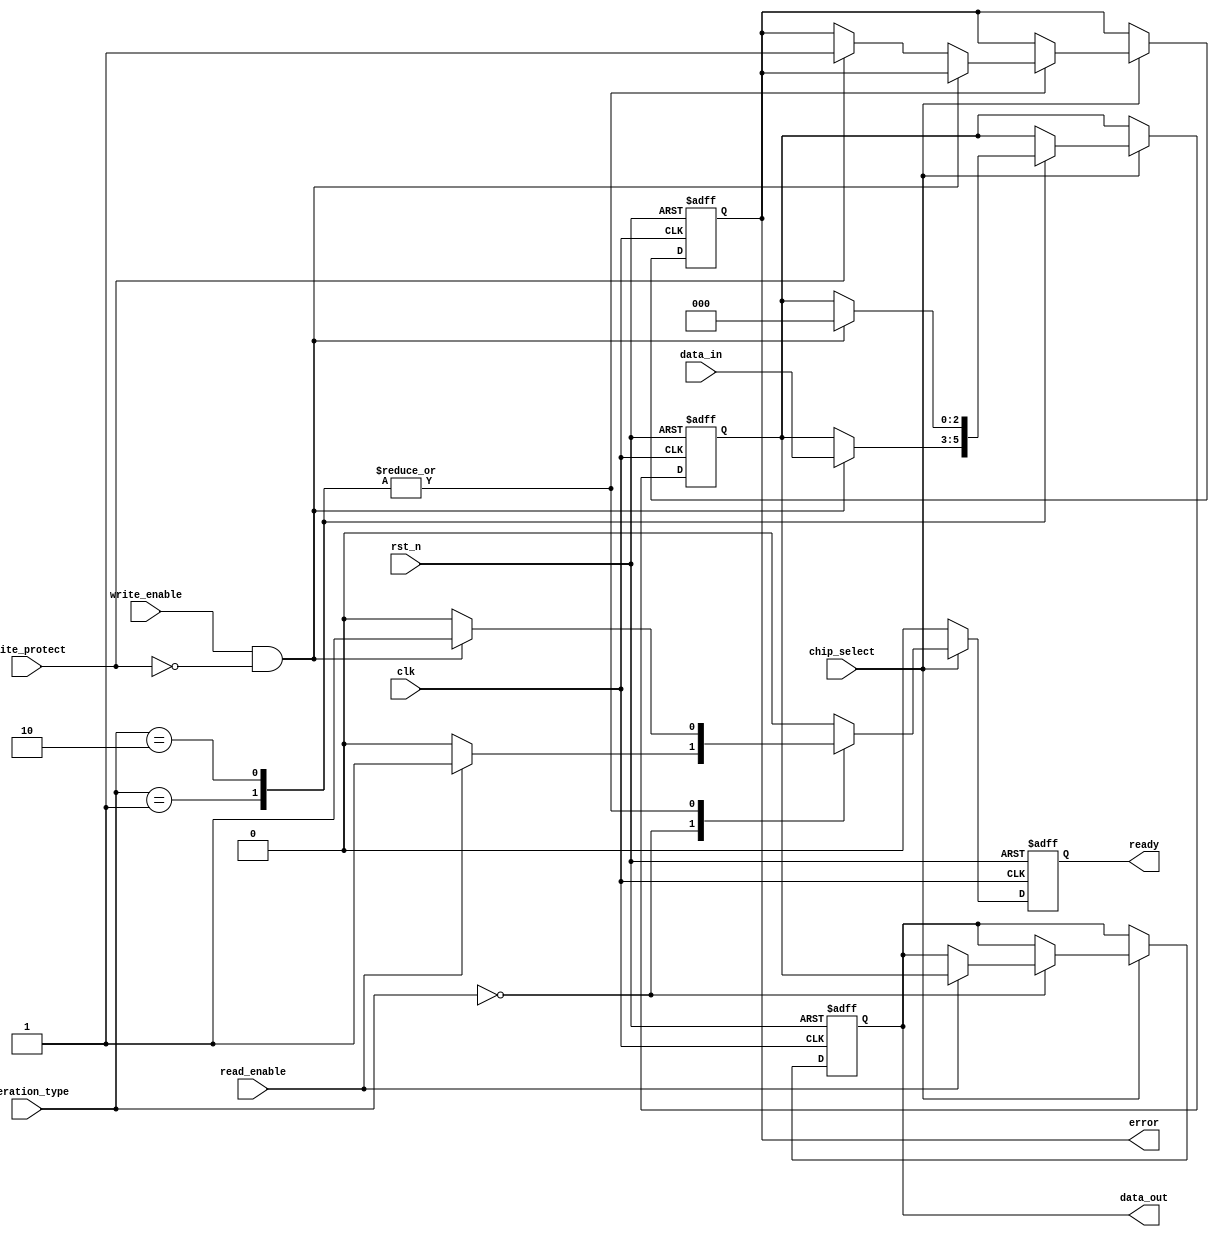
module TLC_NAND_IO_Block (
    input wire clk,                  // System clock
    input wire rst_n,                // Active low reset
    input wire [2:0] data_in,        // Input data (3 bits for TLC)
    output reg [2:0] data_out,       // Output data (3 bits for TLC)
    input wire read_enable,           // Read enable signal
    input wire write_enable,          // Write enable signal
    input wire chip_select,           // Chip select signal
    input wire write_protect,         // Write protect signal
    output reg ready,                 // Ready signal
    output reg error,                 // Error signal for ECC
    input wire [1:0] operation_type   // 00: Read, 01: Write, 10: Erase
);

    // Internal states
    reg [2:0] memory_cell;            // Simulated memory cell (3 bits)
    reg [2:0] temp_data;              // Temporary data storage for operations

    // State machine for operation
    always @(posedge clk or negedge rst_n) begin
        if (!rst_n) begin
            data_out <= 3'b000;
            memory_cell <= 3'b000;
            ready <= 1'b0;
            error <= 1'b0;
        end else begin
            if (chip_select) begin
                ready <= 1'b0; // Not ready until operation completes
                case (operation_type)
                    2'b00: begin // Read operation
                        if (read_enable) begin
                            data_out <= memory_cell; // Output the stored data
                            ready <= 1'b1; // Operation complete
                        end
                    end
                    2'b01: begin // Write operation
                        if (write_enable && !write_protect) begin
                            memory_cell <= data_in; // Store the input data
                            ready <= 1'b1; // Operation complete
                        end else if (write_protect) begin
                            error <= 1'b1; // Set error if write protected
                        end
                    end
                    2'b10: begin // Erase operation
                        if (write_enable && !write_protect) begin
                            memory_cell <= 3'b000; // Clear the memory cell
                            ready <= 1'b1; // Operation complete
                        end else if (write_protect) begin
                            error <= 1'b1; // Set error if write protected
                        end
                    end
                    default: begin
                        ready <= 1'b0; // Default state
                    end
                endcase
            end else begin
                ready <= 1'b0; // Not ready if chip is not selected
            end
        end
    end

endmodule